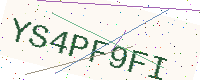
Text: YS4PF9FI